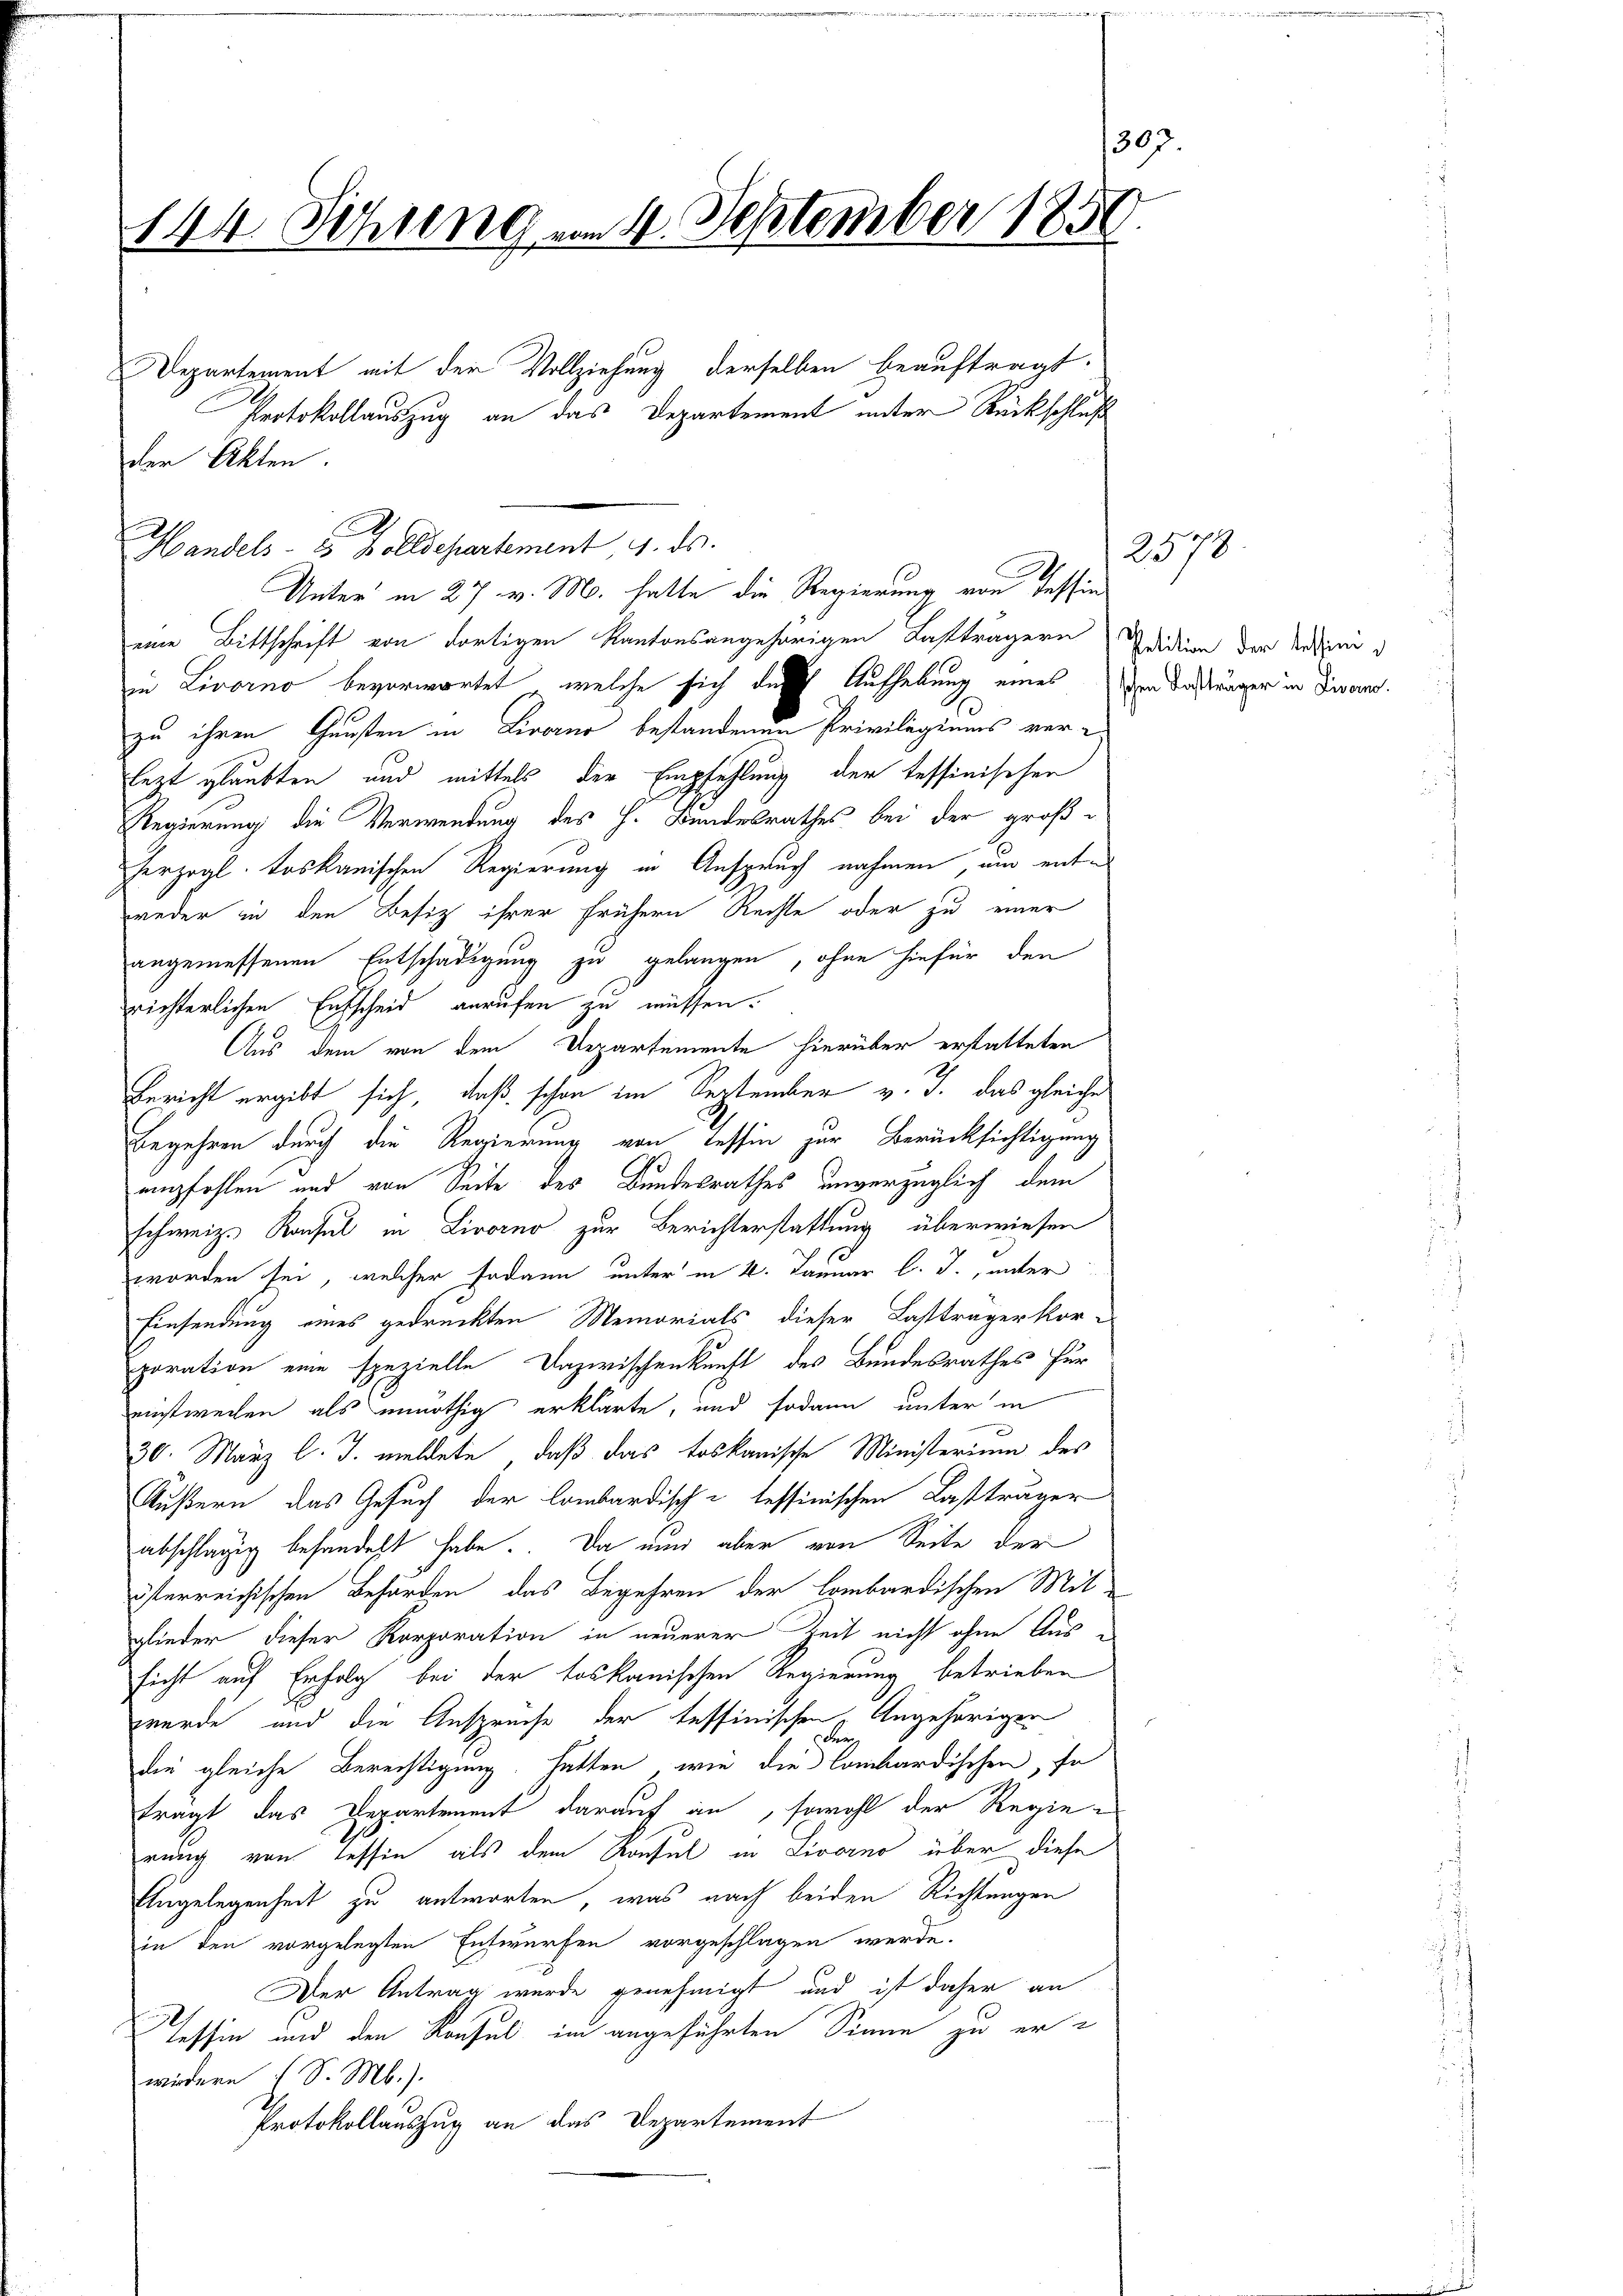
393.
144 Sitzung vom 4. September 1850.

Departement mit der Vollziehung derselben beauftragt.
Protokollauszug an das Departement unter Rückschluß
Handels- 10 Zolldepartement, 4. ds.

der Akten.
Unter in 27. v. M. hatte die Regierung von Tessin
eine Bittschrift von dortigen Kantonsangehörigen Lastträgern Edidien der Kasimi d
in Livorno bevorwortet, welche sich des Aufhebung eines im Fasträger in Divorno.
zu ihren Gunsten in Livorno bestandenen Privilegiums vor
lezt glaubten und mittels der Empfehlung der tessinischen
Regierung die Verwendung des H. Bundesrathes bei der großherzogl. toskanischen Regierung in Anspruch nahmen, um entweder in den Besiz ihrer frühern Rechte oder zu einer
angemessenen Entschädigung zu gelangen, ohne hiefür den
richterlichen Entscheid anrufen zu müssen.
Aus dem von dem Departemente hierüber erstatteten
Bericht ergibt sich, daß schon im September v. J. das gleiche
Begehren durch die Regierung von Tessin zur Berücksichtigung
empfohlen und von Seite des Bundesrathes unverzüglich dem
schweiz. Konsul in Livorno zur Berichterstattung überwiesen
worden sei, welcher sodann unter in 4. Januar l. J., unter
Einsendung eines gedruckten Memorials dieser Lastträgerkor¬
Eporation eine spezielle Dazwischenkunft des Bundesrathes für
einstweisen als unnöthig erklärte, und sodann unter in
30. März l. J. meldete, daß das toskanische Ministerium des
Äußern das Gesuch der lombardisch-tessinischen Lastträger
abschlägig behandelt habe. Da ein aber von Seite der
österreichischen Behörden, das Begehren der lombardischen Mit
glieder dieser Korporation in neuerer Zeit nicht ohne Aussicht auf Erfolg bei der toskanischen Regierung betrieben
wurde und die Anspruche der tessinischen Angehöriger
der
die gleiche Berechtigung hatten, wie die lombardischen, so
fragt das Departement darauf an, sowohl der Regie-
rung von Tessin, als dem Konsul in Livorno über diese
Engelegenheit zu antworten, was nach beiden Richtungen
in den vorgelegten Entwürfen vorgeschlagen werde.
Der Antrag wurde genehmigt und ist daher an
Tessin und den Konsul im angeführten Sinne zu erwirdern (S. M.).
Protokollauszug an das Departement

2578.